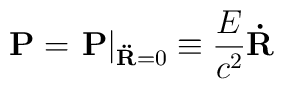
{\bf P} = \left.{\bf P}\right|_{{\bf\ddot R}=0}\equiv\frac{E}{c^2}{\bf\dot R}